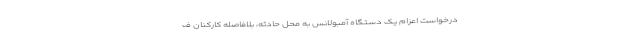
درخواست اعزام یک دستگاه آمبولانس به محل حادثه، بلافاصله کارکنان ف